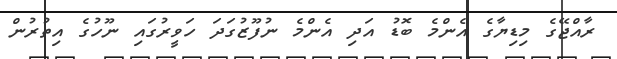
ރާއްޖޭގެ މިޑިޔާގެ އެންމެ ބޮޑު އަދި އެންމެ ނުފޫޒުގަދަ ހަވީރުގައި ނޫހުގެ އިތުރުން